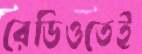
রেডিওতেই